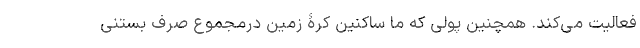
فعالیت می‌کند. همچنین پولی که ما ساکنین کرۀ زمین درمجموع صرف بستنی